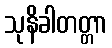
သုနိခါတတ္တာ